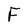
Character: F